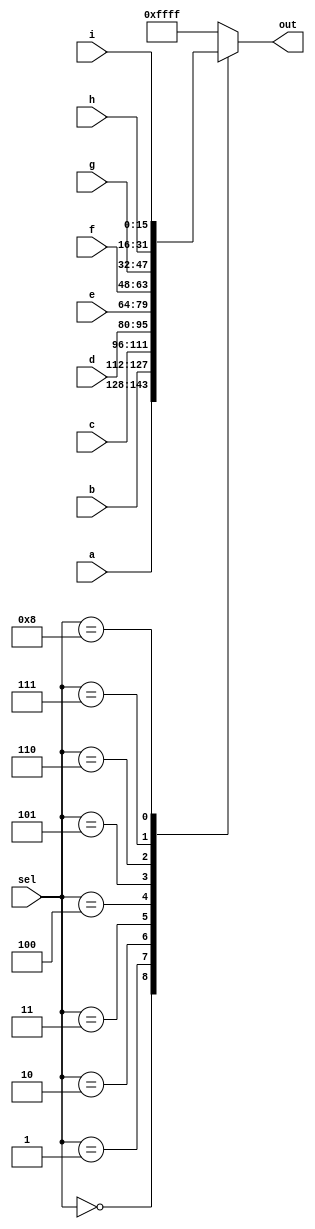
module top_module( 
    input [15:0] a, b, c, d, e, f, g, h, i,
    input [3:0] sel,
    output reg [15:0] out );
    
    always@(*) begin
        case(sel)
            4'd0: out = a;
            4'd1: out = b;
            4'd2: out = c;
            4'd3: out = d;
            4'd4: out = e;
            4'd5: out = f;
            4'd6: out = g;
            4'd7: out = h;
            4'd8: out = i;
            default: out = 16'hffff;
        endcase
    end

endmodule